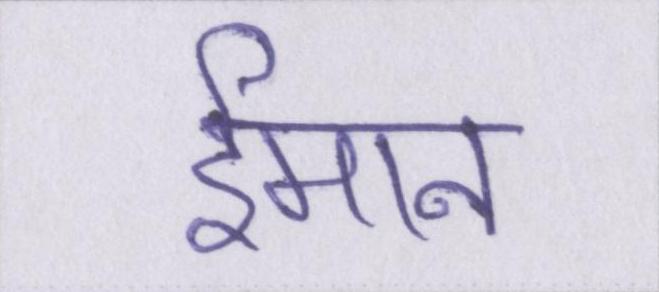
ईमान